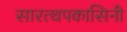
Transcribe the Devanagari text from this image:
सारत्थपकासिनी